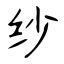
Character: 纱